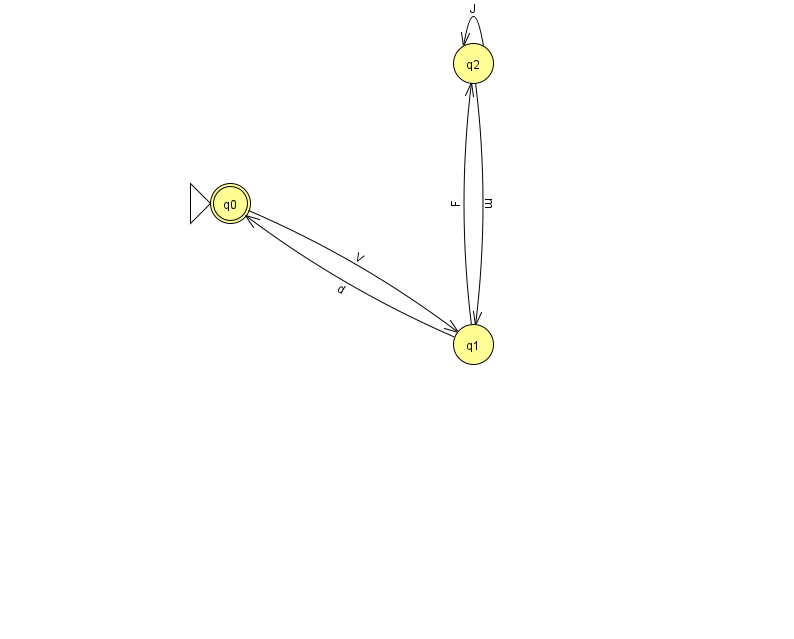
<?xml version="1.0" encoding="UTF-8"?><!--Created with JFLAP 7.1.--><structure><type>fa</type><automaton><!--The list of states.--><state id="0" name="q0"><x>230.0</x><y>190.0</y><initial/><final/></state><state id="1" name="q1"><x>473.0</x><y>331.0</y></state><state id="2" name="q2"><x>473.0</x><y>50.0</y></state><!--The list of transitions.--><transition><from>1</from><to>0</to><read>d</read></transition><transition><from>0</from><to>1</to><read>V</read></transition><transition><from>1</from><to>2</to><read>F</read></transition><transition><from>2</from><to>2</to><read>J</read></transition><transition><from>2</from><to>1</to><read>m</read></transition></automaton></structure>